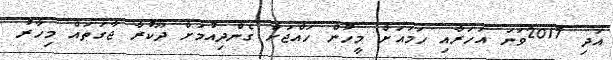
އަދި 2017ވަނަ އަހަރާއި ހަމައަށް މީހުން ހައްޖަށް ގެންދިއުމަށް ދޫކުރާ ޖާގަތައް މިހާރު